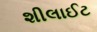
શીલાઈટ